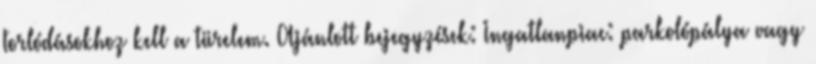
torlódásokhoz kell a türelem. Ajánlott bejegyzések: Ingatlanpiac: parkolópálya vagy